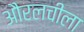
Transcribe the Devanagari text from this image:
औरलचीला